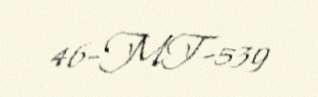
46-MT-539